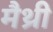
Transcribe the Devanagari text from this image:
मैथ्री